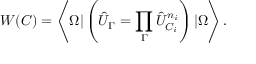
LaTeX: W ( C ) = \left\langle \Omega | \left( \hat { U } _ { \Gamma } = \prod _ { \Gamma } \hat { U } _ { C _ { i } } ^ { n _ { i } } \right) | \Omega \right\rangle .